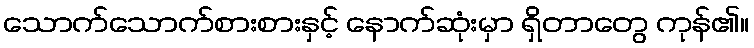
သောက်သောက်စားစားနှင့် နောက်ဆုံးမှာ ရှိတာတွေ ကုန်၏။